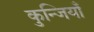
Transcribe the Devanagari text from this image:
कुन्जियाँ